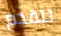
تتقدم